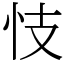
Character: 忮